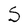
Character: S